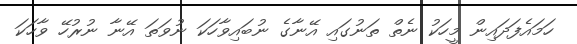
ހަމައެފަދައިން މީހަކު ނެތް ތަނުގައި އޭނާގެ ނުބައިވާހަކަ ނުވަތަ އޭނާ ނުރުހޭ ވާހަކަ